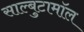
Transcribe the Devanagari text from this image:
साल्बुटामॉल